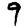
Digit: 9